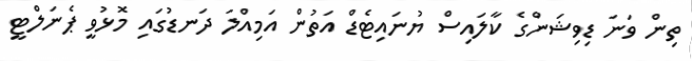
ތިން ވަނަ ޑިވިޝަންގެ ކާލައިސް ޔުނައިޓެޑް އަތުން އަމިއްލަ ދަނޑުގައި މޮޅުވީ ޕެނަލްޓީ